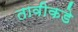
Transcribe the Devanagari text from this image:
तावीकडे